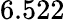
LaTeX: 6.522